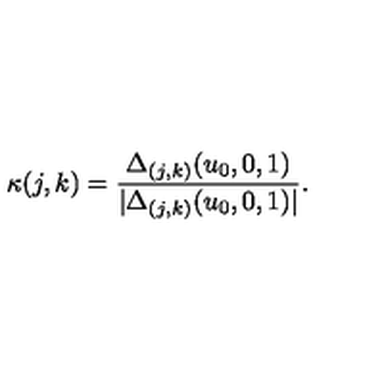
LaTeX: \kappa ( j , k ) = { \frac { \Delta _ { ( j , k ) } ( u _ { 0 } , 0 , 1 ) } { | \Delta _ { ( j , k ) } ( u _ { 0 } , 0 , 1 ) | } } .